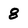
Character: 8